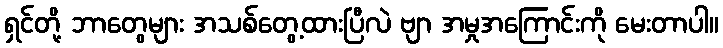
ရှင်တို့ ဘာတွေများ အသစ်တွေ့ထားပြီလဲ ဗျာ အမှုအကြောင်းကို မေးတာပါ။